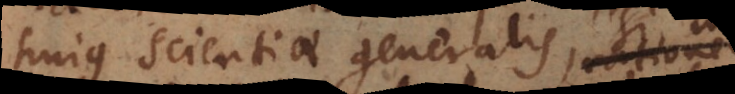
hujus scientiae generalis,